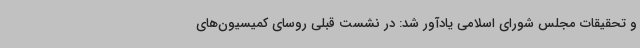
و تحقیقات مجلس شورای اسلامی یادآور شد: در نشست قبلی روسای کمیسیون‌های